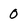
Character: 0